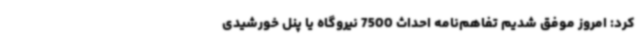
کرد: امروز موفق شدیم تفاهم‌نامه احداث 7500 نیروگاه یا پنل خورشیدی